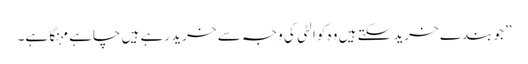
’’جو بندے خرید سکتے ہیں وہ کوالٹی کی وجہ سے خرید رہے ہیں چاہے مہنگا ہے۔